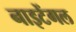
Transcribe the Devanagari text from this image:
नाइटेंगल